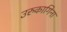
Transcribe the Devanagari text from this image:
उरुकागिना